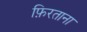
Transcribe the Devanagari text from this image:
फ़िरताना